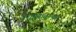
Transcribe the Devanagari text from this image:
वैशाखातल्या